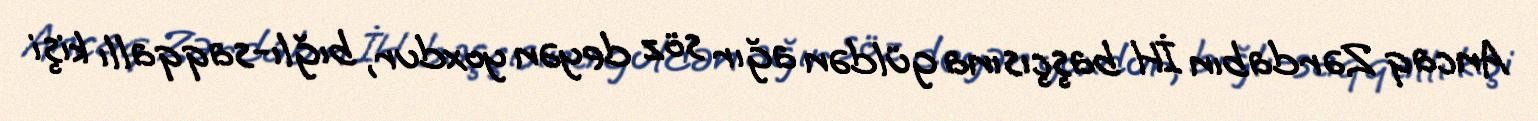
Ancaq Zərdabın İH başçısına güldən ağır söz deyən yoxdur, bığlı-saqqallı kişi